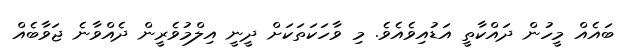
ބައެއް މީހުން ދައްކާތީ އަޑުއިވެއެވެ. މި ވާހަކަތަކަށް ދީނީ އިލްމުވެރީން ދެއްވާނެ ޖަވާބެއް